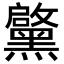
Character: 𮮝